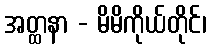
အတ္ထနာ - မိမိကိုယ်တိုင်၊